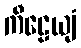
ကီဠေယျံ